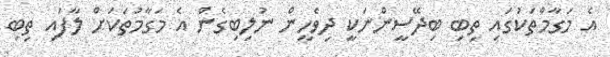
އެ މަގާމްތަކުގައި ތިބި ބިދޭސީންނަކީ ދިވެހީން ނުލިބިގެން އެ މަގާމުތަކަށް ލާފައި ތިބި